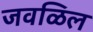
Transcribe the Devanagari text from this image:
जवळिल